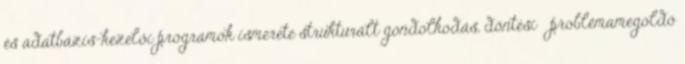
és adatbázis-kezelői programok ismerete strukturált gondolkodás, döntési problémamegoldó